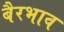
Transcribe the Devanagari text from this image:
बैरभाव